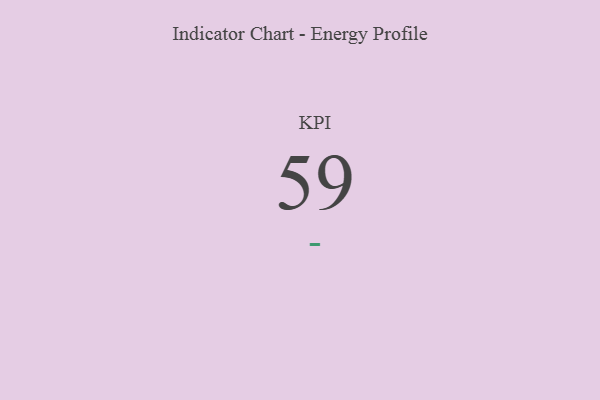
{"axis": {"x": "KPI", "y": "Value"}, "legend": [""], "data": [{"x": "KPI", "y": 59, "type": ""}]}